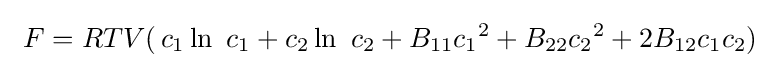
\ F=RTV(\,c_{1}\ln \ c_{1}+c_{2}\ln \ c_{2}+B_{11}{c_{1}}^{2}+B_{22}{c_{2}}^{2}+2B_{12}{c_{1}}{c_{2}})